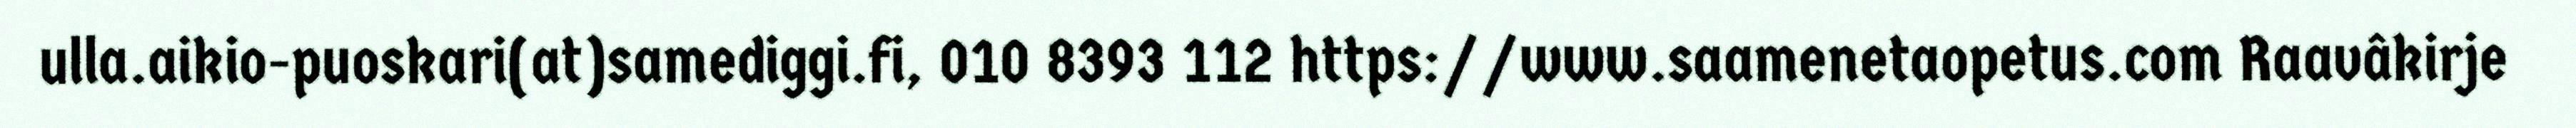
ulla.aikio-puoskari(at)samediggi.fi, 010 8393 112 https://www.saamenetaopetus.com Raavâkirje